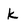
Character: k